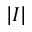
\lvert I \rvert